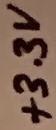
Text: +3.3V